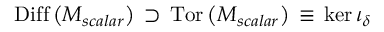
\mathrm { D i f f } \left( { \cal M } _ { s c a l a r } \right) \, \supset \, \mathrm { T o r } \left( { \cal M } _ { s c a l a r } \right) \, \equiv \, \mathrm { k e r } \, \iota _ { \delta }